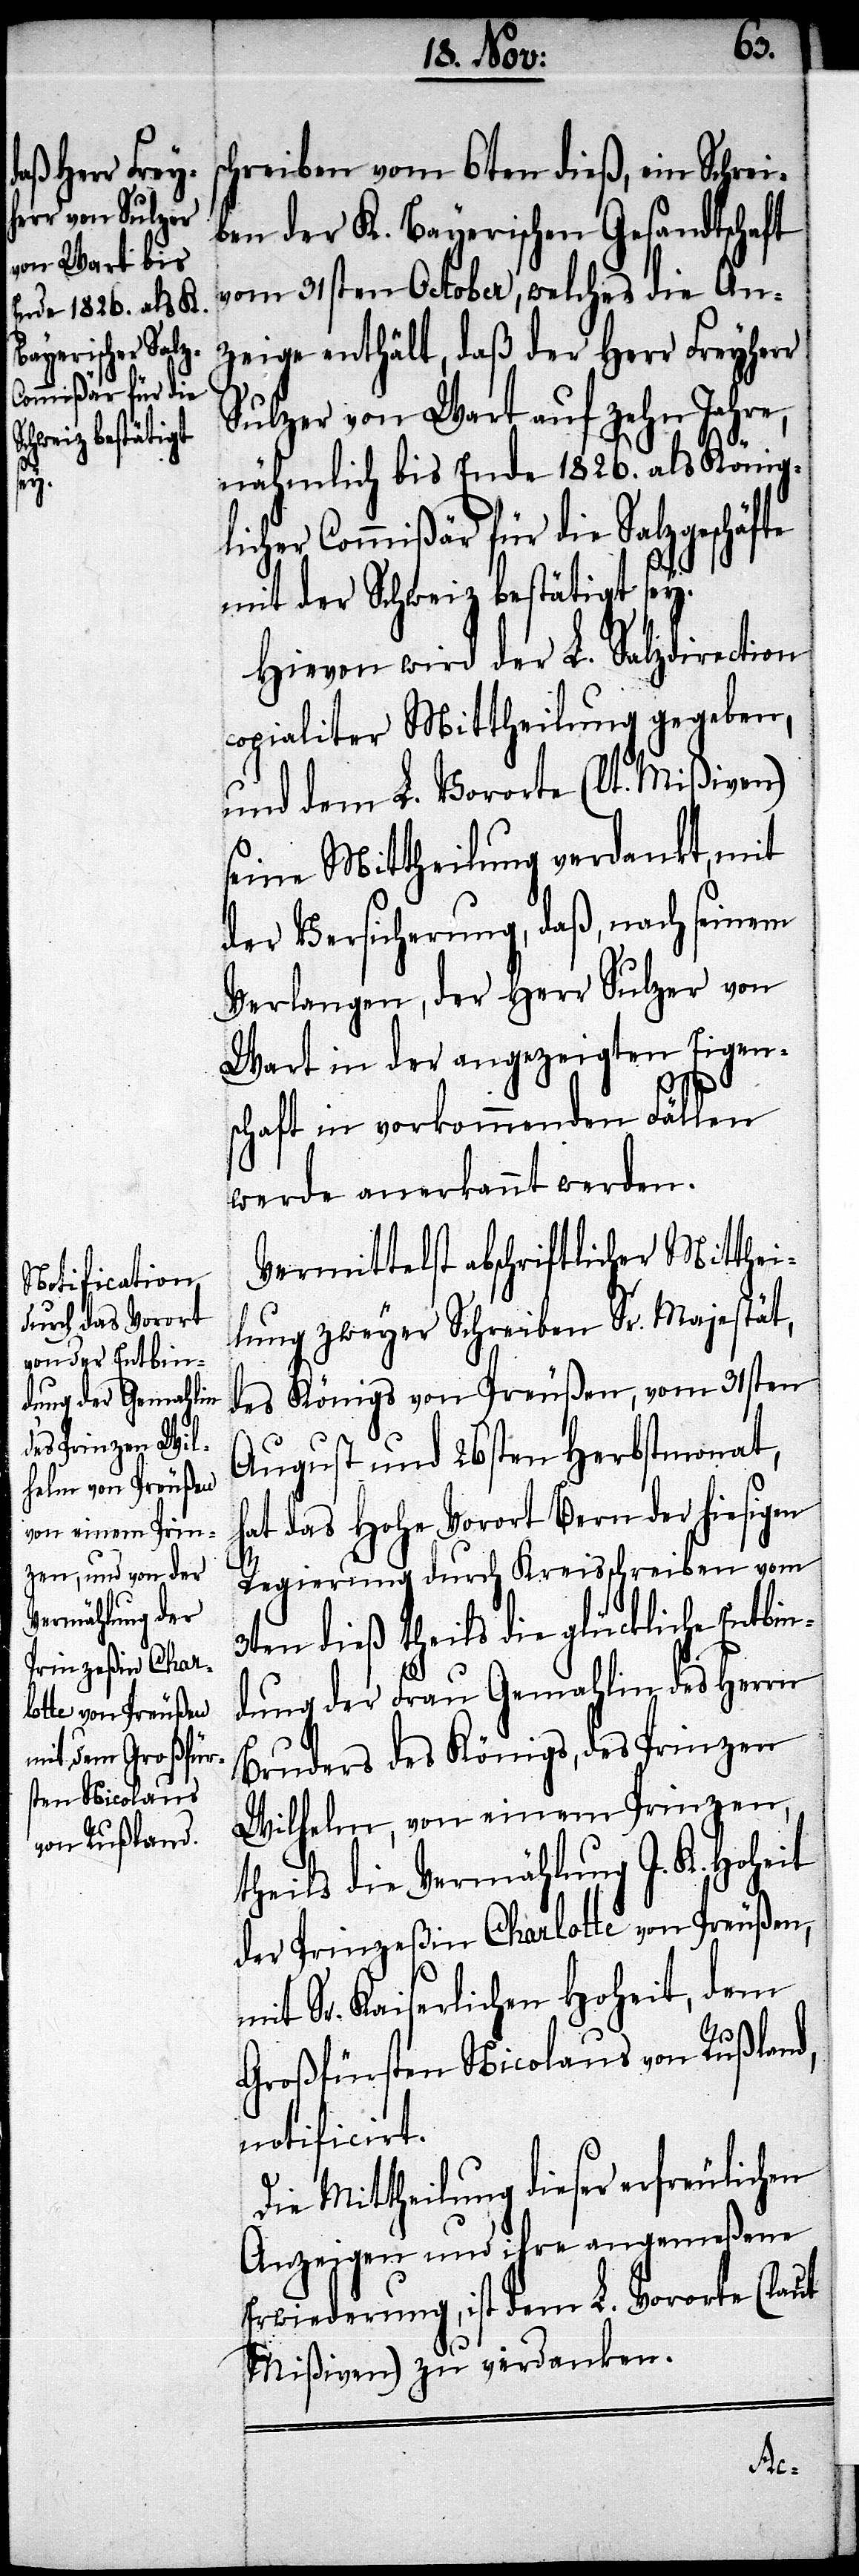
hreiben vom 6ten dieß, ein Schrei¬
ben der K. Bayerischen Gesandtschaft
vom 31sten October, welches die An¬
zeige enthält, daß der Herr Freyherr
Sulzer von Wart auf zehn Jahre,
nähmlich bis Ende 1826. als König¬
licher Commißär für die Salzgeschäfte
mit der Schweiz bestätigt sey.
Hievon wird der L. Salzdirection
copialiter Mittheilung gegeben,
und dem L. Vororte (lt. Mißiven)
seine Mittheilung verdankt, mit
der Versicherung, daß, nach seinem
Verlangen, der Herr Sulzer von
Wart in der angezeigten Eigen¬
schaft in vorkommenden Fällen
werde anerkannt werden.
Vermittelst abschriftlicher Mitthei¬
lung zweyer Schreiben Sr. Majestät,
des Königs von Preußen, vom 31sten
August und 26sten Herbstmonat,
hat das Hohe Vorort Bern der hiesigen
Regierung durch Kreisschreiben vom
3ten dieß theils die glückliche Entbin¬
dung der Frau Gemahlin des Herrn
Bruders des Königs, des Prinzen
Wilhelm, von einem Prinzen,
theils die Vermählung I. K. Hoheit
der Prinzeßin Charlotte von Preußen,
mit Sr. Kaiserlichen Hoheit, dem
Großfürsten Nicolaus von Rußlang,
notificirt.
Die Mittheilung dieser erfreulichen
Anzeigen und ihre angemeßene
Erwiederung, ist dem L. Vororte (laut
Mißiven) zu verdanken.
sc¬